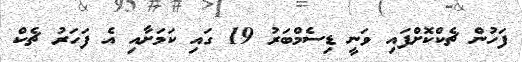
ފަހުން ޗެކްކޮށްފައި ވަނީ ޑިސެމްބަރު 19 ގައި ކަމަށާއި އެ ފަހަރު ޗެކް